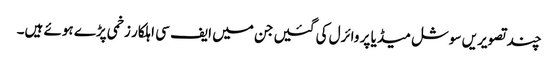
چند تصویریں سوشل میڈیا پر وائرل کی گئیں جن میں ایف سی اہلکار زخمی پڑے ہوئے ہیں۔